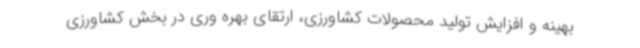
بهینه و افزایش تولید محصولات کشاورزی، ارتقای بهره وری در بخش کشاورزی